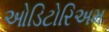
ઓડિટોરિઅમ